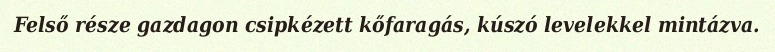
Felső része gazdagon csipkézett kőfaragás, kúszó levelekkel mintázva.